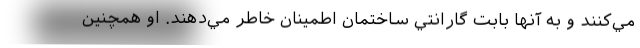
مي‌كنند و به آنها بابت گارانتي ساختمان اطمينان خاطر مي‌دهند. او همچنین